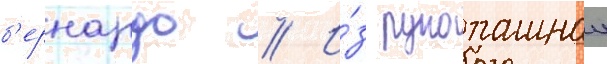
б'ернардо // И́з рукопашнои